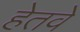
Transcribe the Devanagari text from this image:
हेतवे